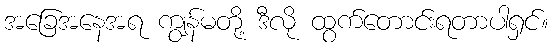
အခြေအနေအရ ကျွန်မတို့ ဒီလို ထွက်တောင်းရတာပါရှင်။